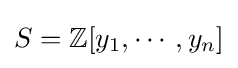
S=\mathbb {Z} [y_{1},\cdots ,y_{n}]